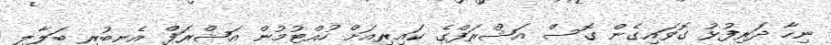
ނިހާ ދަރިފުޅު ގޮވައިގެން ގޮސް އަޝްރަފްގެ ކައިރިއަށް ހުއްޓުމުން އަޝްރަފް އެނބުރި ބަލާލި